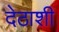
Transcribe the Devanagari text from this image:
देठाशी